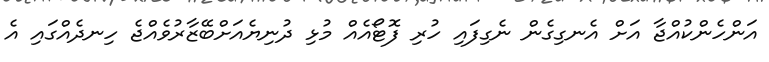
އަންހެންކުއްޖާ އަށް އެނގިގެން ނެގިފައި ހުރި ފޮޓޯއެއް މުޅި ދުނިޔެއަށްބޭޒާރުވެއްޖެ ހިނދެއްގައި އެ